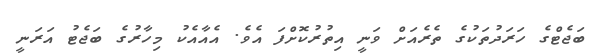
ބަޖެޓްގެ ހަރަދުތަކުގެ ތެރެއަށް ވަނީ އިތުރުކޮށްފަ އެވެ. އެއާއެކު މިހާރުގެ ބަޖެޓު އަރަނީ